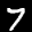
Label: 7